Report of an investigation of the epidemic of malarial fever in Assam, or, kala-azar
Disease focus: Malaria
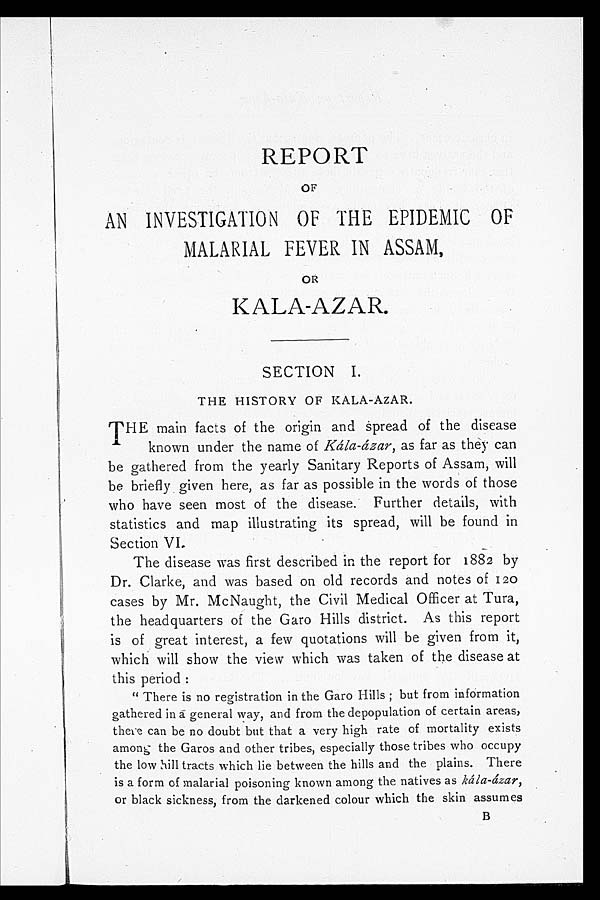
REPORT
OF
AN INVESTIGATION OF THE EPIDEMIC OF
MALARIAL FEVER IN ASSAM,
OR
KALA-AZAR.
SECTION I.
THE HISTORY OF KALA-AZAR.
T HE main facts of the origin and spread of the disease
known under the name of Kála-ázar, as far as they can
be gathered from the yearly Sanitary Reports of Assam, will
be briefly given here, as far as possible in the words of those
who have seen most of the disease. Further details, with
statistics and map illustrating its spread, will be found in
Section VI.
The disease was first described in the report for 1882 by
Dr. Clarke, and was based on old records and notes of 120
cases by Mr. McNaught, the Civil Medical Officer at Tura,
the headquarters of the Garo Hills district. As this report
is of great interest, a few quotations will be given from it,
which will show the view which was taken of the disease at
this period :
" There is no registration in the Garo Hills ; but from information
gathered in a general way, and from the depopulation of certain areas,
there can be no doubt but that a very high rate of mortality exists
among the Garos and other tribes, especially those tribes who occupy
the low bill tracts which lie between the hills and the plains. There
is a form of malarial poisoning known among the natives as kála-ázar,
or black sickness, from the darkened colour which the skin assumes